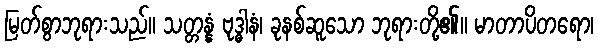
မြတ်စွာဘုရားသည်။ သတ္တန္နံ ဗုဒ္ဓါနံ၊ ခုနစ်ဆူသော ဘုရားတို့၏။ မာတာပိတရော၊